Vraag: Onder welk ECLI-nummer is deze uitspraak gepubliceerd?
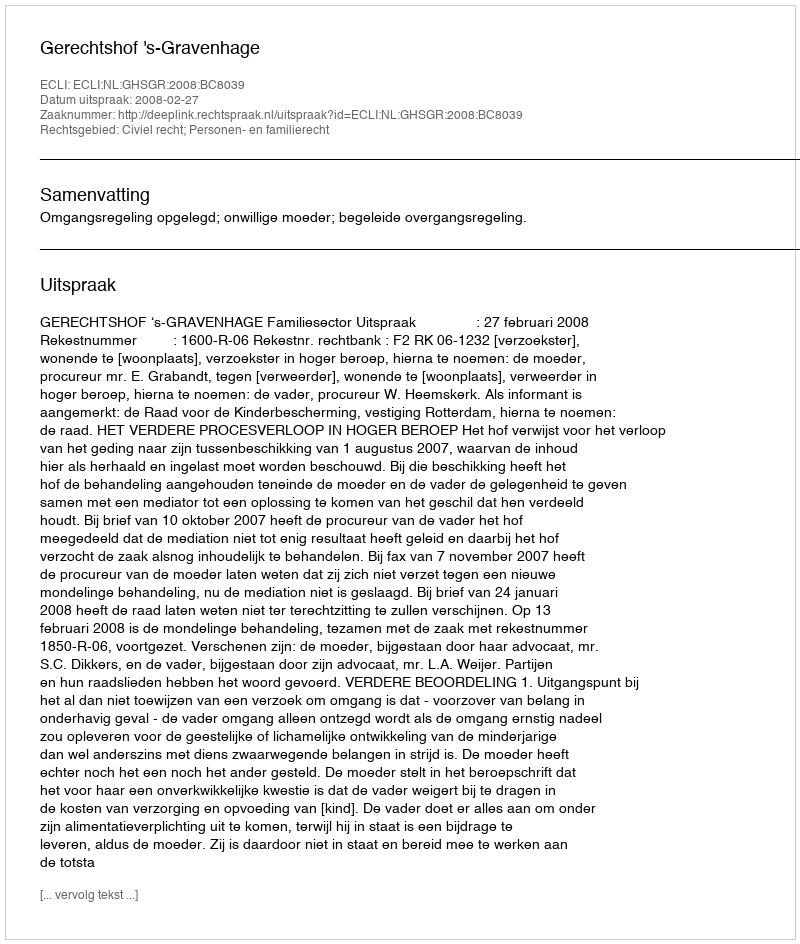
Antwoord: ECLI:NL:GHSGR:2008:BC8039